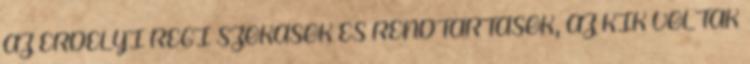
AZ ERDÉLYI RÉGI SZOKÁSOK ÉS RENDTARTÁSOK, AZ KIK VOLTAK